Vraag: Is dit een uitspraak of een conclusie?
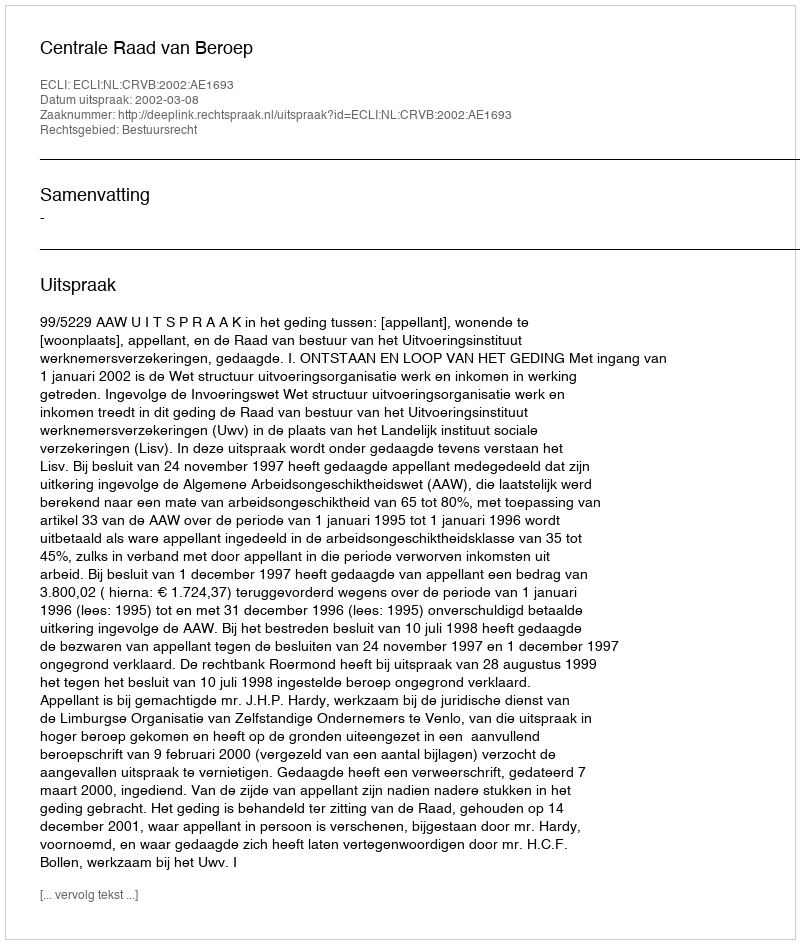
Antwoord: Uitspraak